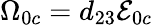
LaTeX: {\Omega}_{0c}=d_{23}{\mathcal{E}}_{0c}